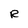
Character: R